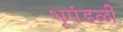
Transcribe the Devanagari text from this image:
भूमंडळीं